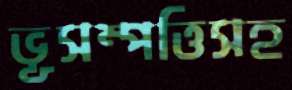
ভূসম্পত্তিসহ